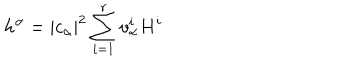
LaTeX: h ^ { \alpha } = | c _ { \alpha } | ^ { 2 } \sum _ { i = 1 } ^ { r } v _ { \alpha } ^ { i } H ^ { i }